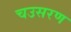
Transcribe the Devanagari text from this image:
चउसरण